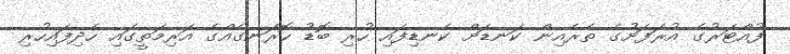
ފުއްޓަރުގެ އުރަފަށުގެ ތެރެއިން ކަނޑަށް ކެނޑިފައި ހުރި ބޮޑު ހޮރަނގެއްގެ އަރިމަތީގައި ހެދިފައިހުރި